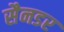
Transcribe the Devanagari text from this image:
सैनडर